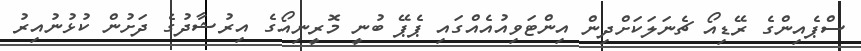
ސްޕެއިންގެ ރޭޑިއޯ ޗެނަލަކަށްދިން އިންޓަވިއުއެއްގައި ޕެޕޭ ބުނީ މޮރީނިއޯގެ އިރުޝާދުގެ ދަށުން ކުޅުނުއިރު